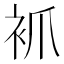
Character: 𧘷